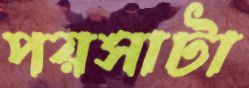
পয়সাটা